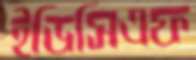
ইডিসিএফ